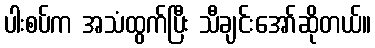
ပါးစပ်က အသံထွက်ပြီး သီချင်းအော်ဆိုတယ်။